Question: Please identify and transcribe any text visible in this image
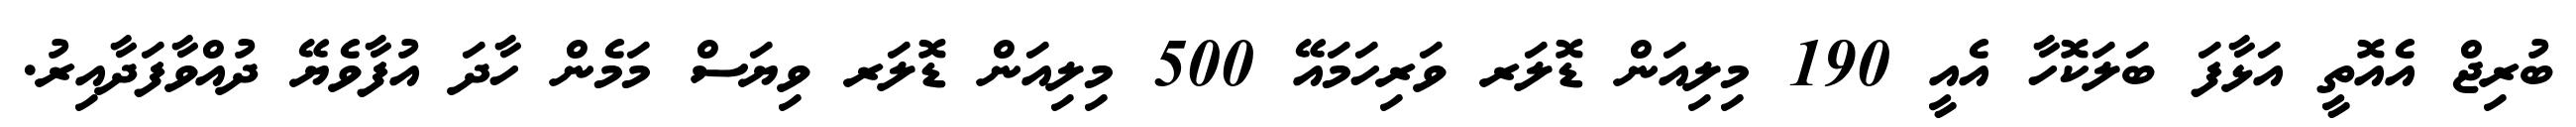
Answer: ބުރިޖް އެއޮތީ އަޅާފަ ބަލަކޮހާ އެއީ 190 މިލިއަން ޑޮލަރ ވަރިހަމައޭ 500 މިލިއަން ޑޮލަރ ވިޔަސް މަމެން ހާދަ އުފާވެޔޭ ދުއްވާފަދާއިރު.